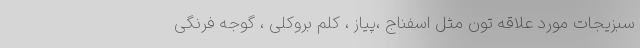
سبزیجات مورد علاقه تون مثل اسفناج ،پیاز ، کلم بروکلی ، گوجه فرنگی